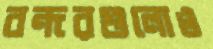
বন্দরগুলোও